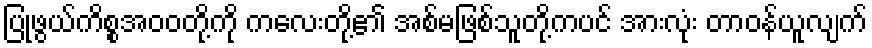
ပြုဖွယ်ကိစ္စအဝဝတို့ကို ကလေးတို့၏ အစ်မဖြစ်သူတို့ကပင် အားလုံး တာဝန်ယူလျက်